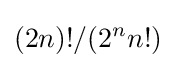
(2n)!/(2^{n}n!)